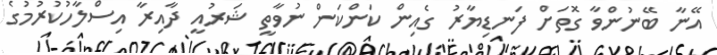
އޭނާ ބޭނުންވާ ގޮތަށް ފަނޑިޔާރު ގެއިން ކަންކަން ނުވާތީ ޝަރުއީ ދާއިރާ އިސްލާހުކުރުމުގެ